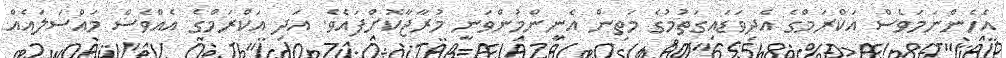
އެހެންނަމަވެސް އަކްރަމްގެ އެދިވަޑައިގަތުމުގެ މަތިން އެނިންމުންވަނީ މުރާޖާކޮށްފައެވެ. އަދި އަކްރަމްގެ އެއްވެސް މައްސަލައެއް